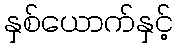
နှစ်ယောက်နှင့်